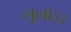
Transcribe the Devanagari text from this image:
लूलो।।